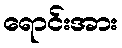
ရောင်းအား